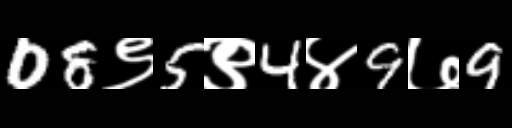
Text: 08९5९4४9७9